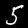
Label: 5